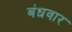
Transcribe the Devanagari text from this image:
बंधवार